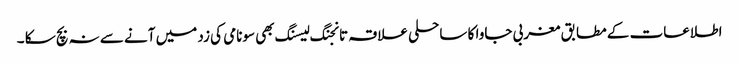
اطلاعات کے مطابق مغربی جاوا کا ساحلی علاقہ تانجنگ لیسنگ بھی سونامی کی زد میں آنے سے نہ بچ سکا ۔